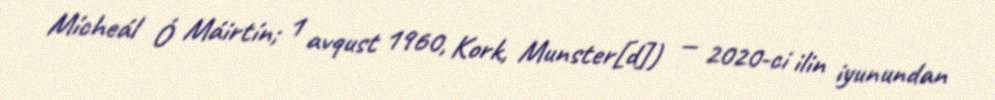
Mícheál Ó Máirtín; 1 avqust 1960, Kork, Munster[d]) — 2020-ci ilin iyunundan